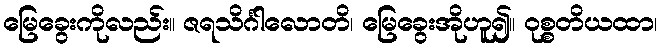
မြေခွေးကိုလည်း။ ဇရသိင်္ဂါလောတိ၊ မြေခွေးအိုဟူ၍။ ဝုစ္စတိယထာ၊